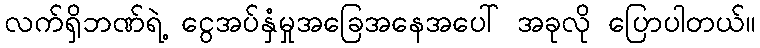
လက်ရှိဘဏ်ရဲ့ ငွေအပ်နှံမှုအခြေအနေအပေါ် အခုလို ပြောပါတယ်။